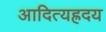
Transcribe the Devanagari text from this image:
आदित्यह्रदय